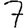
Digit: 7